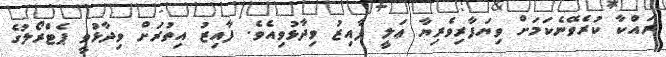
ރައްކާ ކުރެވޭނެކަމަށް ވިޔަފާރިވެރިޔާ ޢަލީ ފާއިޒު ވިދާޅުވިއެވެ. ފާއިޒު އިތުރަށް ވިދާޅުވީ ޕެޓްރޯލުގެ